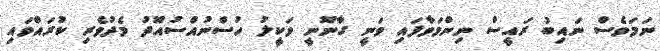
ނަމަވެސް ނައިބު ރައީސް ނިންމަވާފައި ވަނީ ގާނޫނީ ވަކީލު ހުސްނުއްސުއޫދު މެދުވެރި ކުރައްވައި